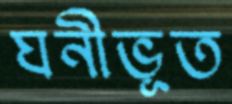
ঘনীভূত